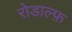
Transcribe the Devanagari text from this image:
रोडाल्फ़